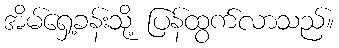
အိမ်ရှေ့ခန်းသို့ ပြန်ထွက်လာသည်။